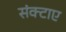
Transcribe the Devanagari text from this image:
संक्टाए